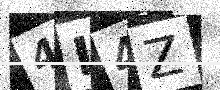
Text: 4I4Z